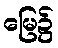
မြေ၌